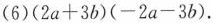
(6)$$( 2 a + 3 b ) ( - 2 a - 3 b )$$.